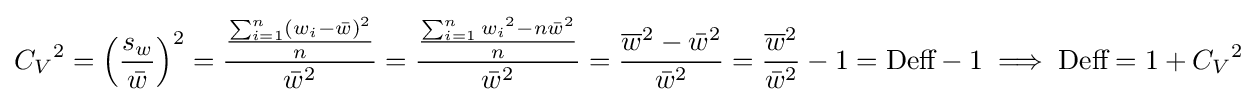
{C_{V}}^{2}=\left({\frac {s_{w}}{\bar {w}}}\right)^{2}={\frac {\frac {\sum _{i=1}^{n}(w_{i}-{\bar {w}})^{2}}{n}}{{\bar {w}}^{2}}}={\frac {\frac {\sum _{i=1}^{n}{w_{i}}^{2}-n{\bar {w}}^{2}}{n}}{{\bar {w}}^{2}}}={\frac {{\overline {w}}^{2}-{\bar {w}}^{2}}{{\bar {w}}^{2}}}={\frac {{\overline {w}}^{2}}{{\bar {w}}^{2}}}-1={\text{Deff}}-1\implies {\text{Deff}}=1+{C_{V}}^{2}